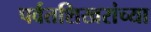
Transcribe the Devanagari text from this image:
पर्वतशिखरांच्या